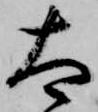
太